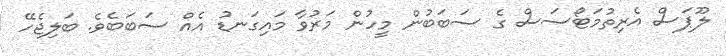
ލޫޕަސް އެރިތުމަޓޯސަސް ގެ ސަބަބުން މީހުން މަރުވާ މައިގަނޑު އެއް ސަބަބެވެ. ބަލިޖެހޭ